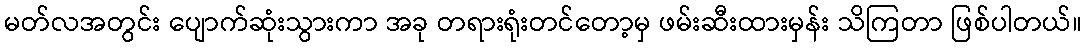
မတ်လအတွင်း ပျောက်ဆုံးသွားကာ အခု တရားရုံးတင်တော့မှ ဖမ်းဆီးထားမှန်း သိကြတာ ဖြစ်ပါတယ်။